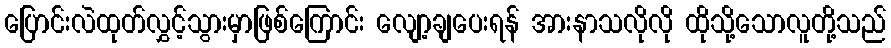
ပြောင်းလဲထုတ်လွှင့်သွားမှာဖြစ်ကြောင်း လျော့ချပေးရန် အားနာသလိုလို ထိုသို့သောလူတို့သည်